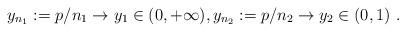
LaTeX: \begin{align*} y_{n_1}:=p/n_1\rightarrow y_1\in (0, +\infty), y_{n_2}:=p/n_2\rightarrow y_2\in (0, 1)~. \end{align*}